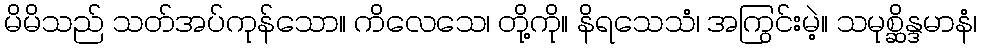
မိမိသည် သတ်အပ်ကုန်သော။ ကိလေသေ၊ တို့ကို။ နိရသေသံ၊ အကြွင်းမဲ့။ သမုစ္ဆိန္ဒမာနံ၊